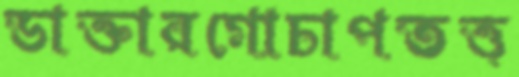
ডাক্তারগোচাপতত্ত্